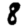
Digit: 8